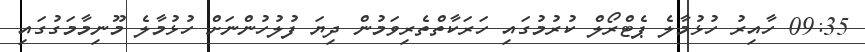
09:35 ހާއިރު ހުޅުމާލެ ޕެޓްރޯލް ކުރުމުގައި ހަރަކާތްތެރިވަމުން ދިޔަ ފުލުހުންނަށް ހުޅުމާލެ މޫނިމާމަގުގައި